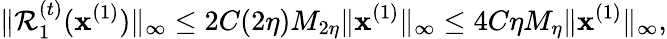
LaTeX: \| \mathcal{R}_{1}^{(t)}(\mathbf{x}^{(1)})\| _{\infty}\leq 2C(2\eta)M_{2\eta}\| \mathbf{x}^{(1)}\| _{\infty}\leq 4C\eta M_{\eta}\| \mathbf{x}^{(1)}\| _{\infty},